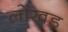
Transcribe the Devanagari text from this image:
लोंखड